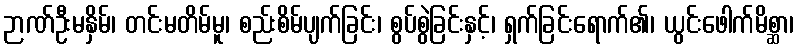
ဉာဏ်ဦးမနှိမ်၊ တင်းမတိမ်မူ၊ စည်းစိမ်ပျက်ခြင်း၊ စွပ်စွဲခြင်းနှင့်၊ ရှက်ခြင်းရောက်၏၊ ယွင်းဖေါက်မိစ္ဆာ၊